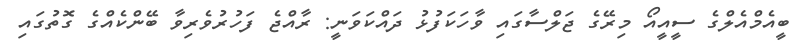
ބީއެމްއެލްގެ ސީއީއޯ މިރޭގެ ޖަލްސާގައި ވާހަކަފުޅު ދައްކަވަނީ: ރާއްޖެ ފަހުރުވެރިވާ ބޭންކެއްގެ ގޮތުގައި